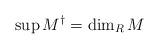
LaTeX: \begin{align*}\sup M^{\dagger}=\dim_RM\end{align*}